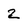
Character: 2